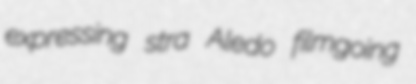
expressing stra Aledo filmgoing